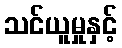
သင်ယူမှုနှင့်